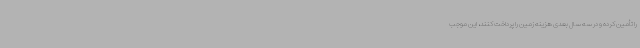
را تأمین کرده و در سه سال بعدی هزینه زمین را پرداخت کنند، این موجب